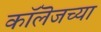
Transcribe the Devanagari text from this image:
काॅलॆजच्या